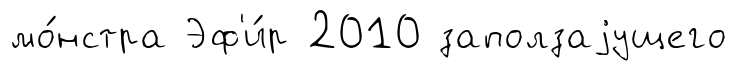
мо́нстра Эф'и́р 2010 заползаjущего